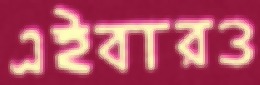
এইবারও